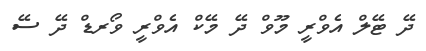
ދޭ ޓޭލް އެވްރީ މޫވް ދޭ މޭކް އެވްރީ ވޯރޑް ދޭ ސޭ